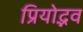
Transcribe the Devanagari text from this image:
प्रियोद्भव